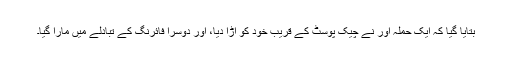
بتایا گیا کہ ایک حملہ آور نے چیک پوسٹ کے قریب خود کو اُڑا دیا، اور دوسرا فائرنگ کے تبادلے میں مارا گیا۔